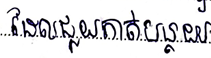
ដែលជួយកាត់បន្ថយ